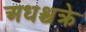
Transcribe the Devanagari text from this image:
अधश्चक्रे